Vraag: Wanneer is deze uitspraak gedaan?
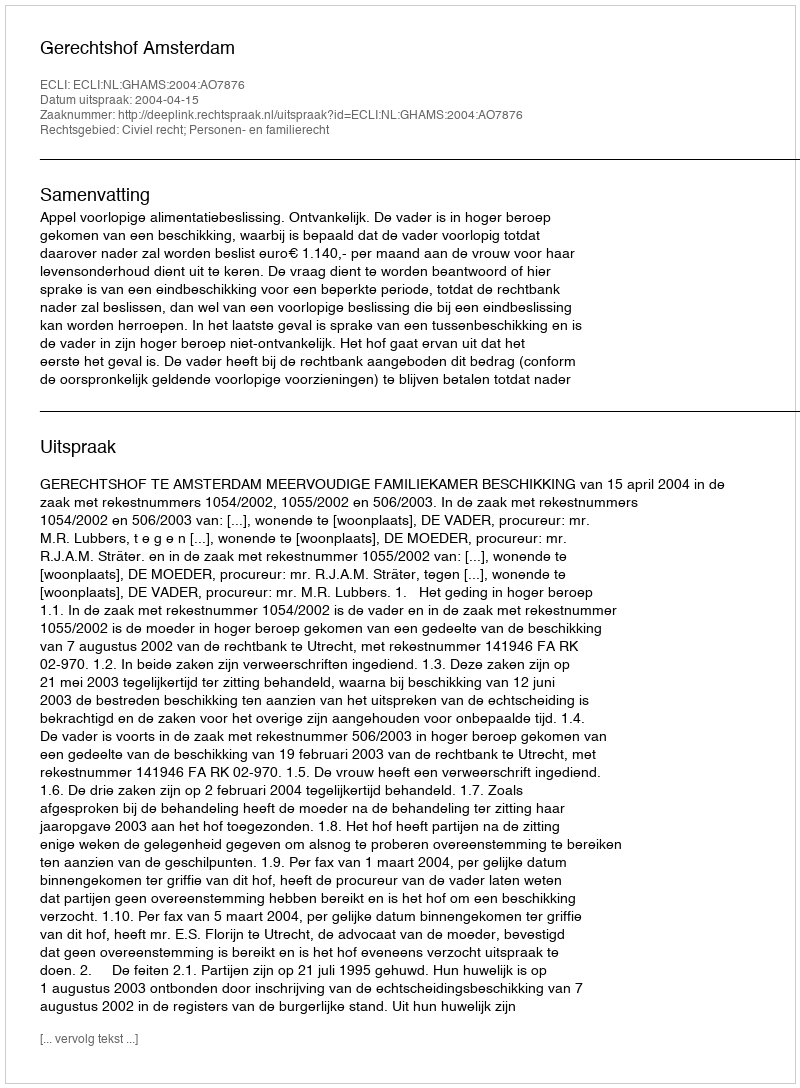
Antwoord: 2004-04-15